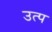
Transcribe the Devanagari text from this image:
उत्प